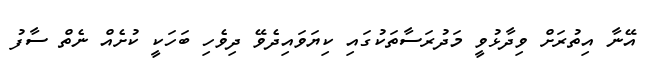
އޭނާ އިތުރަށް ވިދާޅުވީ މަދުރަސާތަކުގައި ކިޔަވައިދެވޭ ދިވެހި ބަހަކީ ކުށެއް ނެތް ސާފު